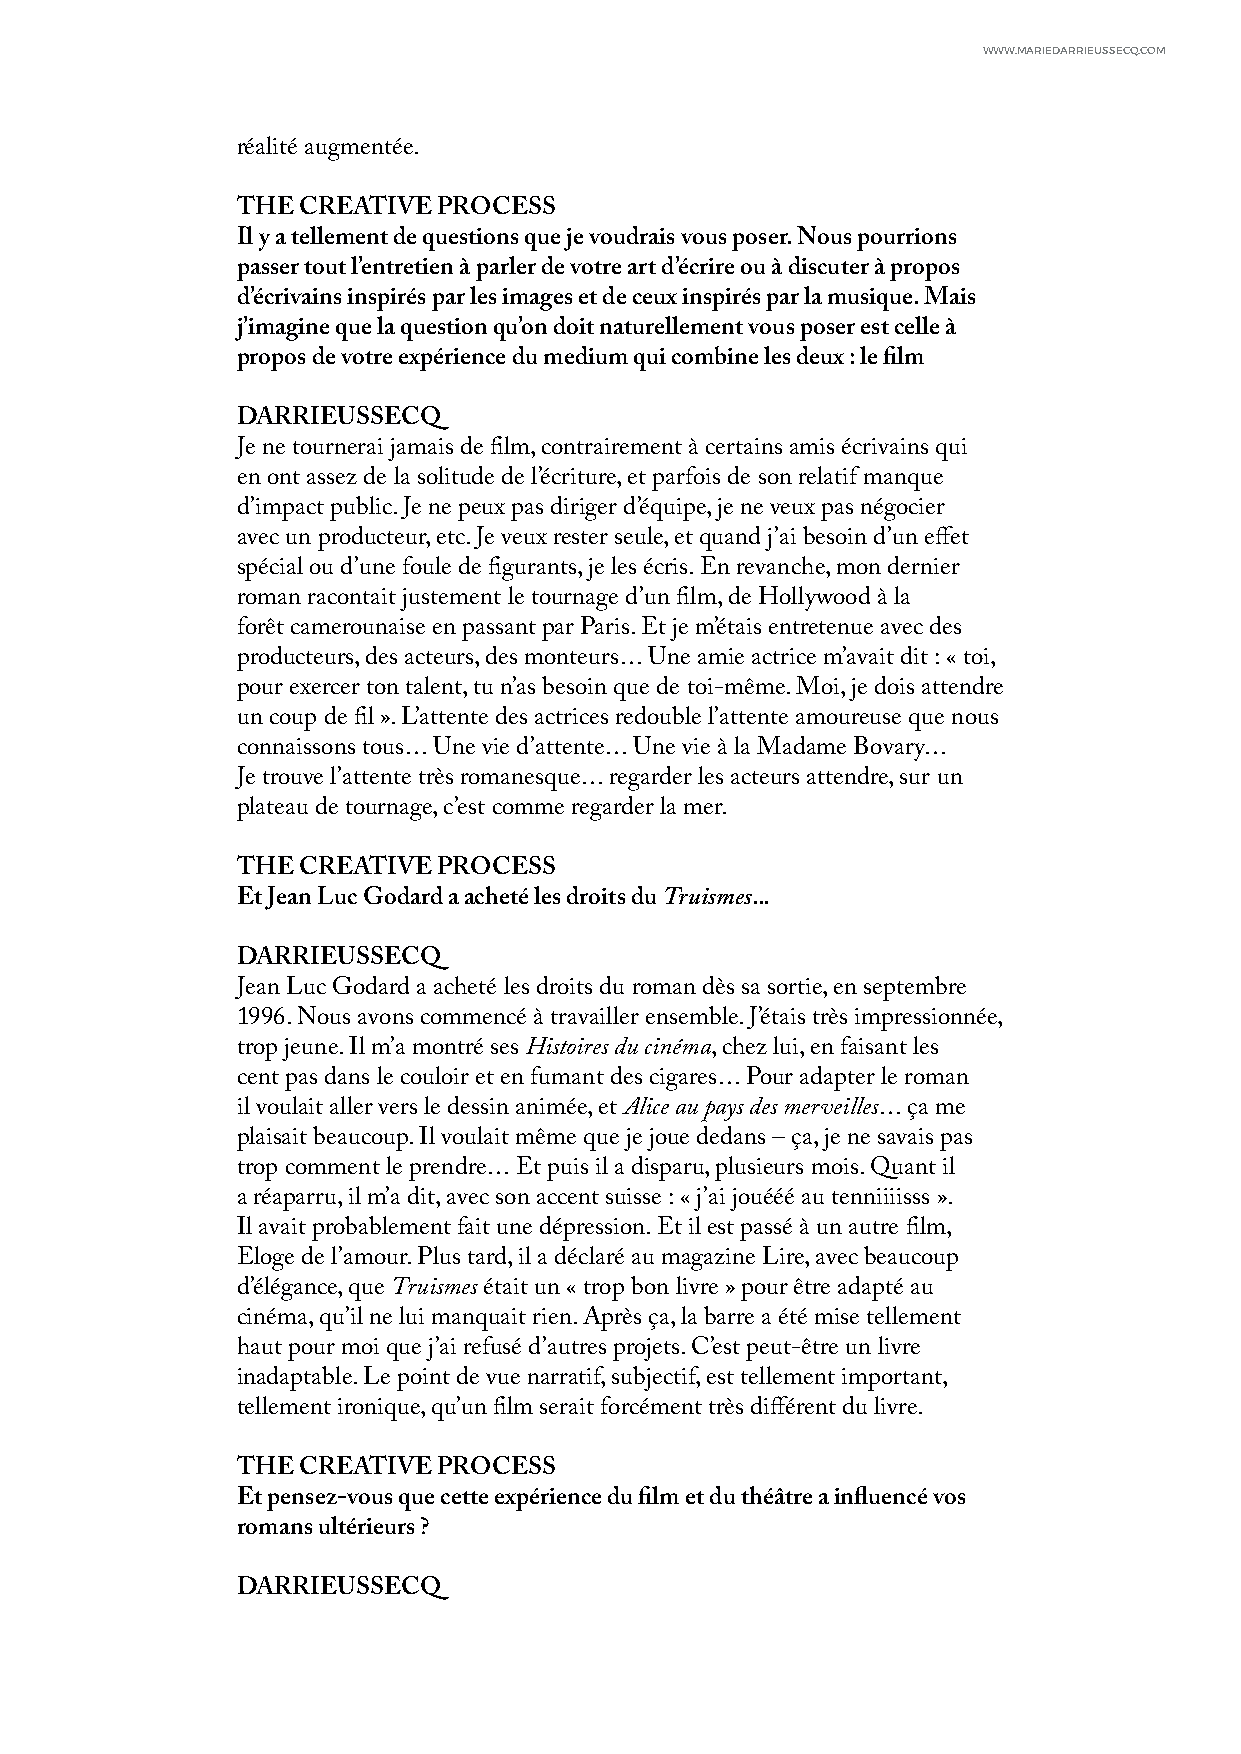
WWW.MARIEDARRIEUSSECQ.COM
 réalité augmentée.
 THE CREATIVE PROCESS
 Il y a tellement de questions que je voudrais vous poser. Nous pourrions
 passer tout l’entretien à parler de votre art d’écrire ou à discuter à propos
 d’écrivains inspirés par les images et de ceux inspirés par la musique. Mais
 j’imagine que la question qu’on doit naturellement vous poser est celle à
 propos de votre expérience du medium qui combine les deux : le film
 DARRIEUSSECQ
 Je ne tournerai jamais de film, contrairement à certains amis écrivains qui
 en ont assez de la solitude de l’écriture, et parfois de son relatif manque
 d’impact public. Je ne peux pas diriger d’équipe, je ne veux pas négocier
 avec un producteur, etc. Je veux rester seule, et quand j’ai besoin d’un effet
 spécial ou d’une foule de figurants, je les écris. En revanche, mon dernier
 roman racontait justement le tournage d’un film, de Hollywood à la
 forêt camerounaise en passant par Paris. Et je m’étais entretenue avec des
 producteurs, des acteurs, des monteurs… Une amie actrice m’avait dit : « toi,
 pour exercer ton talent, tu n’as besoin que de toi-même. Moi, je dois attendre
 un coup de fil ». L’attente des actrices redouble l’attente amoureuse que nous
 connaissons tous… Une vie d’attente… Une vie à la Madame Bovary…
 Je trouve l’attente très romanesque… regarder les acteurs attendre, sur un
 plateau de tournage, c’est comme regarder la mer.
 THE CREATIVE PROCESS
 Et Jean Luc Godard a acheté les droits du Truismes...
 DARRIEUSSECQ
 Jean Luc Godard a acheté les droits du roman dès sa sortie, en septembre
 1996. Nous avons commencé à travailler ensemble. J’étais très impressionnée,
 trop jeune. Il m’a montré ses Histoires du cinéma, chez lui, en faisant les
 cent pas dans le couloir et en fumant des cigares… Pour adapter le roman
 il voulait aller vers le dessin animée, et Alice au pays des merveilles… ça me
 plaisait beaucoup. Il voulait même que je joue dedans – ça, je ne savais pas
 trop comment le prendre… Et puis il a disparu, plusieurs mois. Quant il
 a réaparru, il m’a dit, avec son accent suisse : « j’ai jouééé au tenniiiisss ».
 Il avait probablement fait une dépression. Et il est passé à un autre film,
 Eloge de l’amour. Plus tard, il a déclaré au magazine Lire, avec beaucoup
 d’élégance, que Truismes était un « trop bon livre » pour être adapté au
 cinéma, qu’il ne lui manquait rien. Après ça, la barre a été mise tellement
 haut pour moi que j’ai refusé d’autres projets. C’est peut-être un livre
 inadaptable. Le point de vue narratif, subjectif, est tellement important,
 tellement ironique, qu’un film serait forcément très différent du livre.
 THE CREATIVE PROCESS
 Et pensez-vous que cette expérience du film et du théâtre a influencé vos
 romans ultérieurs ?
 DARRIEUSSECQ